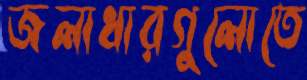
জলাধারগুলোতে